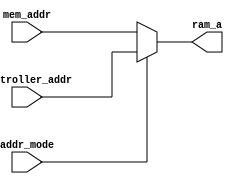
module addr_mux(addr_mode,
                  mem_addr,
                  controller_addr,
                  ram_a);

  //--------------------input--------------------//
  input addr_mode;
  input [17:0]mem_addr,controller_addr;
  //--------------------output-------------------//
  output [17:0]ram_a;


  assign ram_a=(addr_mode)?controller_addr:mem_addr;

endmodule